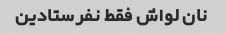
نان لواش فقط نفرستادین